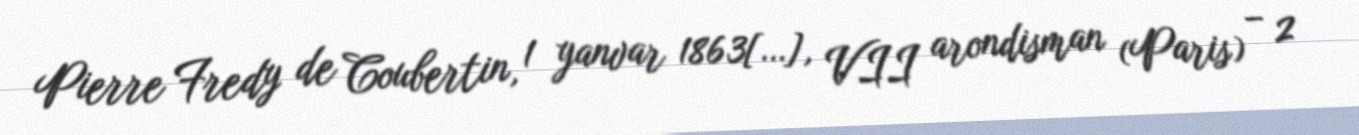
Pierre Fredy de Coubertin, 1 yanvar 1863[…], VII arondisman (Paris) – 2